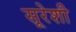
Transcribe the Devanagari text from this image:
सूरेशी